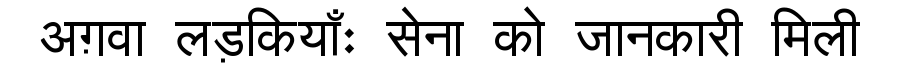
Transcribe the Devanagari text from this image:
अग़वा लड़कियाँः सेना को जानकारी मिली